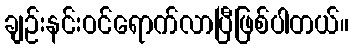
ချဉ်းနင်းဝင်ရောက်လာပြီဖြစ်ပါတယ်။